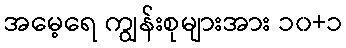
အမေ့ရေ ကျွန်းစုများအား ၁၀+၁